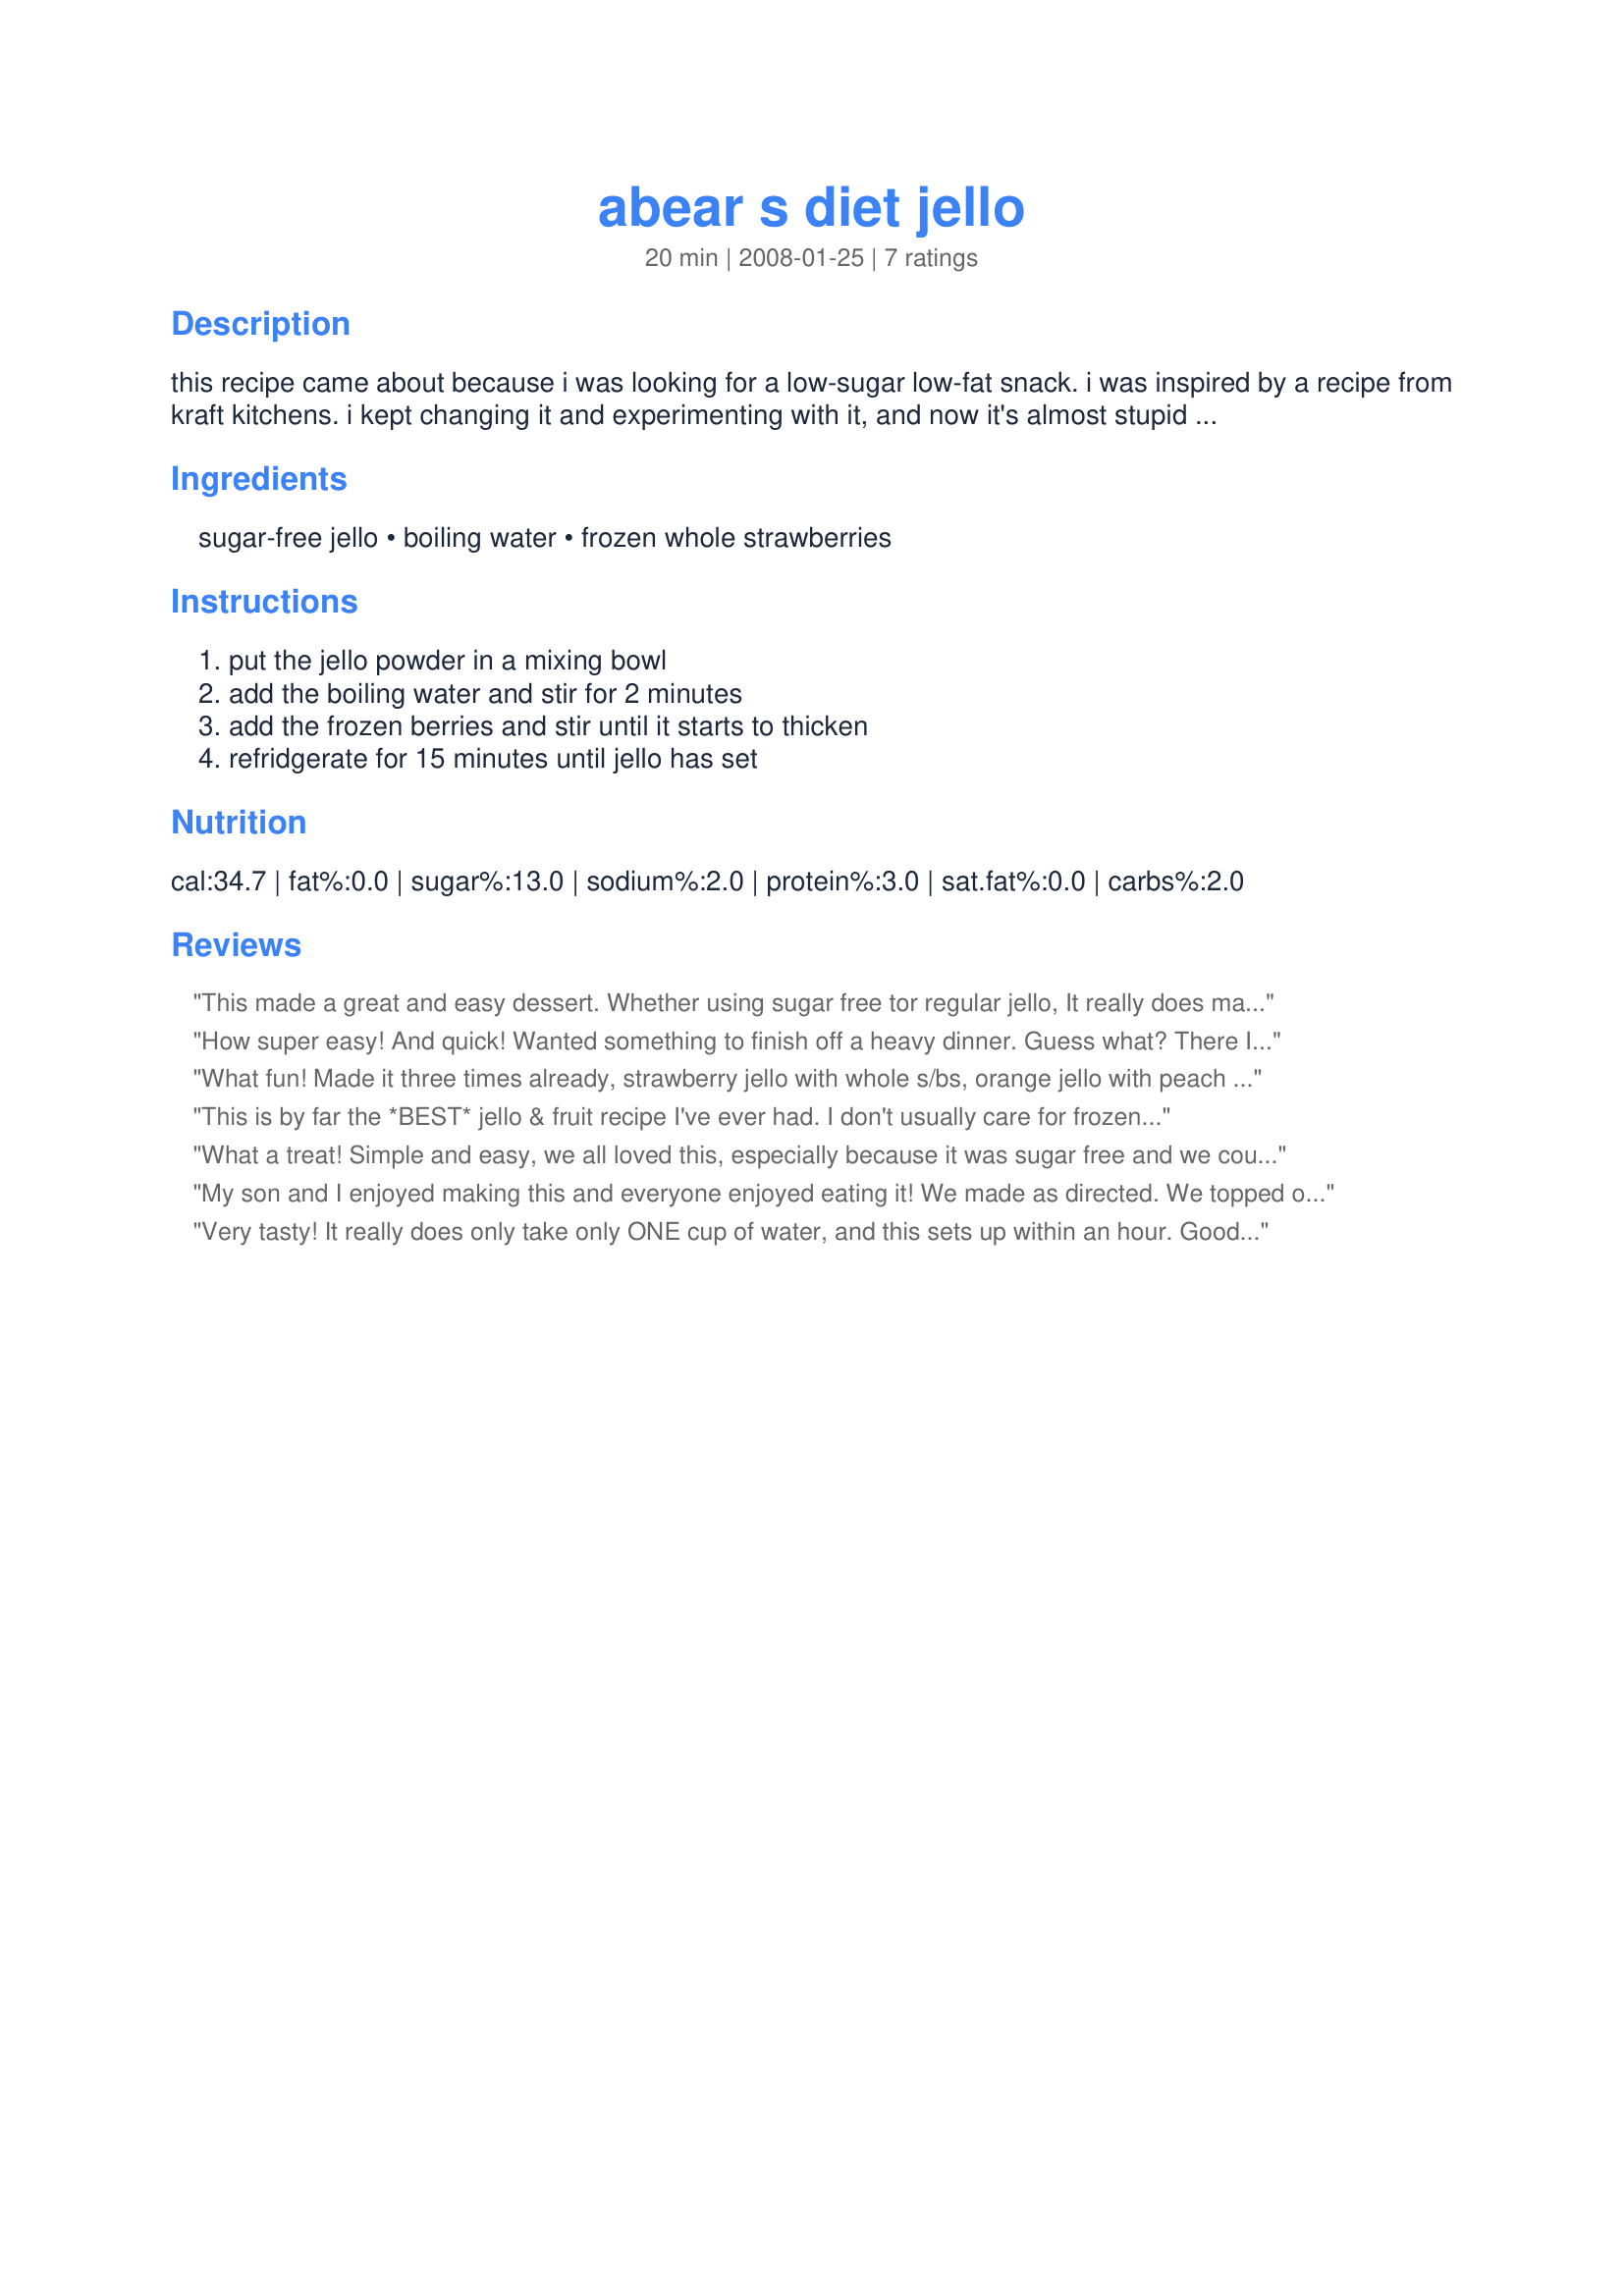
abear s diet jello
Preparation time: 20 minutes

this recipe came about because i was looking for a low-sugar low-fat snack. i was inspired by a recipe from kraft kitchens. i kept changing it and experimenting with it, and now it's almost stupid in how simple it is!

i also have to add that this doesn't really keep well over 24 hours. the juice from the berries tend to drain to the bottom of the dish.

Ingredients:
sugar-free jello, boiling water, frozen whole strawberries

Steps:
put the jello powder in a mixing bowl, add the boiling water and stir for 2 minutes, add the frozen berries and stir until it starts to thicken, refridgerate for 15 minutes until jello has set

Reviews:
This made a great and easy dessert. Whether using sugar free tor regular jello, It really does make frozen fruit seem fresh! Thanks for sharing!
How super easy! And quick! Wanted something to finish off a heavy dinner. Guess what? There IS always room for jello! Especially when it is lower calorie, but doesn't taste like it! Thnx for sharing your recipe, Mom! Made for Diabetic Forum Pool Party May 2010.
What fun! Made it three times already, strawberry jello with whole s/bs, orange jello with peach slices, lime jello with mixed fruit - honeydew, grapes, blueberries, s/bs, and peaches. What a nice refreshing treat to have on hand for those afternoon "hungries". Many thanks.
This is by far the *BEST* jello & fruit recipe I've ever had. I don't usually care for frozen strawberries (I used frozen sliced), simply because once they have thawed, they're like mush. Well, serving them this way, they are firm and very close to the texture of fresh berries. I also love the extra flavour from not diluting the jello with extra water. This is quite a winner, and will be made many times. Thanks Flygirl. :)
What a treat! Simple and easy, we all loved this, especially because it was sugar free and we couldn't even tell. Thanks for posting! Made for PAC 10 :)
My son and I enjoyed making this and everyone enjoyed eating it! We made as directed. We topped ours with some sugar free cool whip and everyone loved it. Ours took longer then 15 minutes to set up though. Made for Fall PAC 2008.
Very tasty! It really does only take only ONE cup of water, and this sets up within an hour. Good way to get fruit into the kids meals without filling them up with too much jello. Made for Fall PAC '08. Thanks for sharing!
